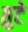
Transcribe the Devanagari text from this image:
तुटे